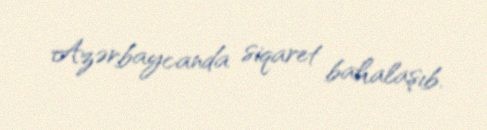
Azərbaycanda siqaret bahalaşıb.